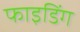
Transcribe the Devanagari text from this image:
फाइडिंग